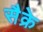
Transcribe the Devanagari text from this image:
सैक्रे